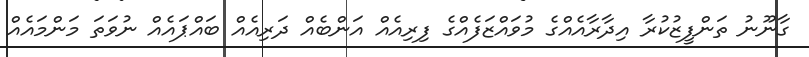
ގާނޫނު ތަންފީޒުކުރާ އިދާރާއެއްގެ މުވައްޒަފެއްގެ ފިރިއެއް އަންބެއް ދަރިއެއް ބައްޕައެއް ނުވަތަ މަންމައެއް